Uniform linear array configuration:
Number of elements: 24
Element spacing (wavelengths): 0.75
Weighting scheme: blackman
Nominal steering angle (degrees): -15
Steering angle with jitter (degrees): -16.398
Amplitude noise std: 0.05
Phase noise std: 0.05

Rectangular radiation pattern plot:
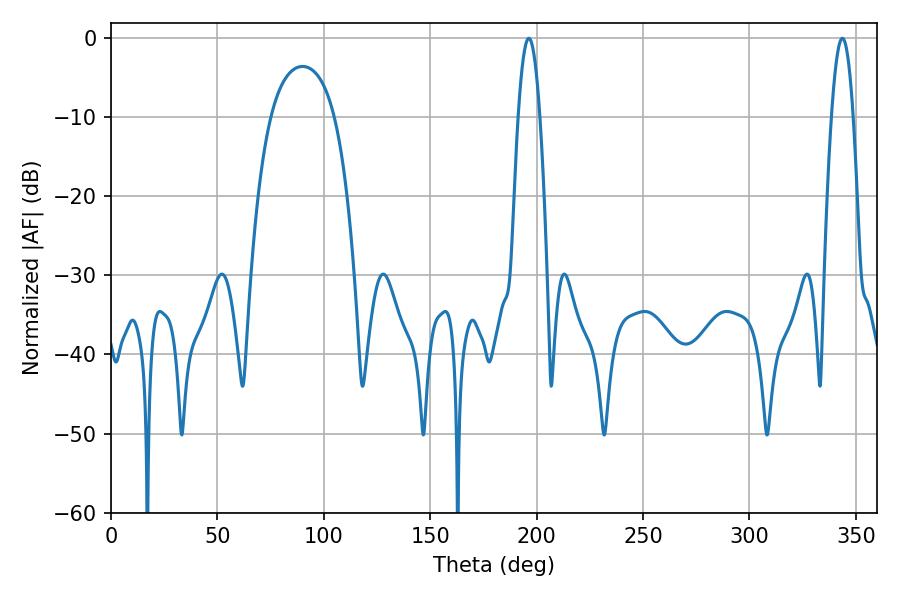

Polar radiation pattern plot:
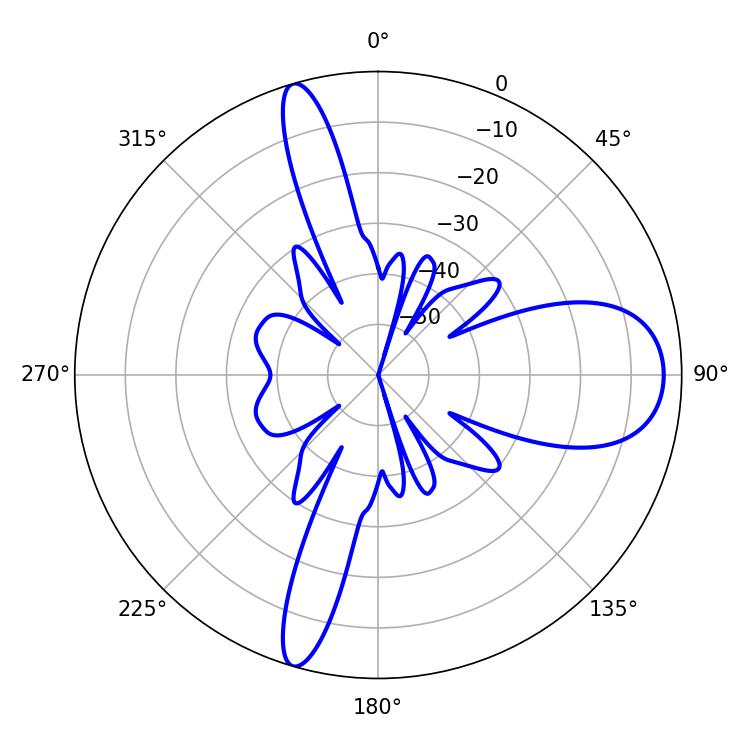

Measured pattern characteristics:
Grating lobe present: TRUE
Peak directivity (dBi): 12.658
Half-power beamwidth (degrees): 5.58
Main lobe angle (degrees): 196.38